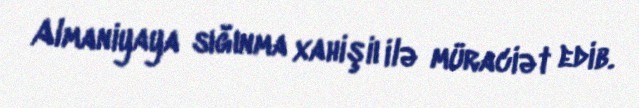
Almaniyaya sığınma xahişiı ilə müraciət edib.